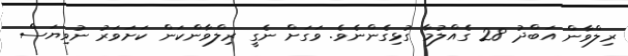
ރިލްވާން އަބްދު 28 ގެއްލުމާ ގުޅިގެންނެވެ. ވަގަށް ނެގީ ރިލްވާންކަން ކަށަވަރު ނުވިޔަސް